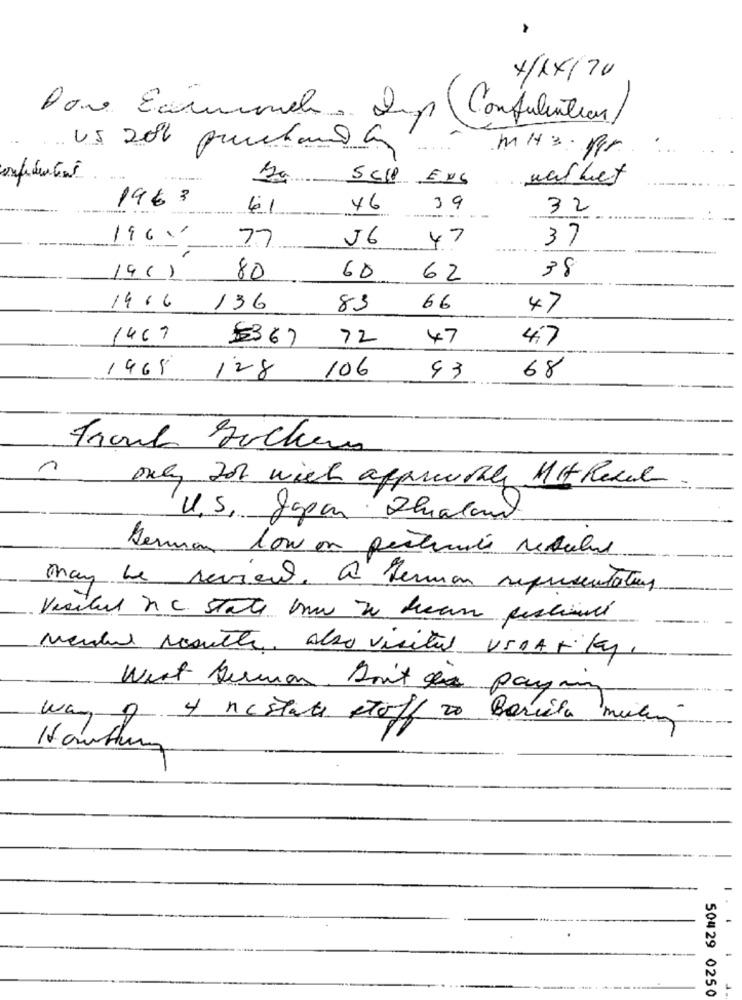
4/1X/70
Done Examiner . 2mp (Consulentias)
US 20% prachandas
MHZ. Br
SCIP ENS
washet
1963
61
46
39
32
1960'
77
56
47
37
19(1
80
60
62
38
1416
136
83
66
47
1467
5367
72
47
4.7
1465
128
106
43
68
only do% with approother Mit Recul
U.S, Japan Qualand
German low on pesticide result
May be review. a herman representations
Visital nc state how to bean festival
Mendel sosuthe. Also visitus USPATKy,
West German. Don't si paying
way
4 restate stoff 20 Barile mulig
Hartung
50429 0250